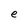
Character: e